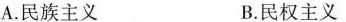
A.民族主义 B.民权主义